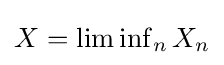
{\textstyle X=\liminf _{n}X_{n}}